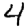
Digit: 4